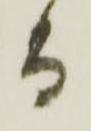
而